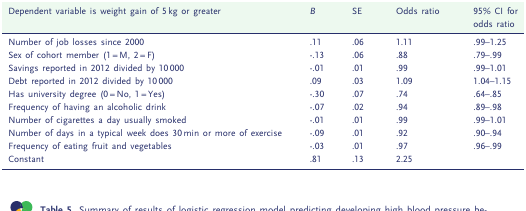
<table><thead><tr><td><b>Dependent variable is weight gain of 5 kg or greater</b></td><td><b><i>B</i></b></td><td><b>SE</b></td><td><b>Odds ratio</b></td><td><b>95% CI for odds ratio</b></td></tr></thead><tbody><tr><td>Number of job losses since 2000</td><td>.11</td><td>.06</td><td>1.11</td><td>.99–1.25</td></tr><tr><td>Sex of cohort member (1 = M, 2 = F)</td><td>-.13</td><td>.06</td><td>.88</td><td>.79–.99</td></tr><tr><td>Savings reported in 2012 divided by 10 000</td><td>-.01</td><td>.01</td><td>.99</td><td>.99–1.01</td></tr><tr><td>Debt reported in 2012 divided by 10 000</td><td>.09</td><td>.03</td><td>1.09</td><td>1.04–1.15</td></tr><tr><td>Has university degree (0 = No, 1 = Yes)</td><td>-.30</td><td>.07</td><td>.74</td><td>.64–.85</td></tr><tr><td>Frequency of having an alcoholic drink</td><td>-.07</td><td>.02</td><td>.94</td><td>.89–.98</td></tr><tr><td>Number of cigarettes a day usually smoked</td><td>-.01</td><td>.01</td><td>.99</td><td>.99–1.01</td></tr><tr><td>Number of days in a typical week does 30 min or more of exercise</td><td>-.09</td><td>.01</td><td>.92</td><td>.90–.94</td></tr><tr><td>Frequency of eating fruit and vegetables</td><td>-.03</td><td>.01</td><td>.97</td><td>.96–.99</td></tr><tr><td>Constant</td><td>.81</td><td>.13</td><td>2.25</td><td></td></tr></tbody></table>